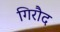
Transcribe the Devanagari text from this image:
गिरौद